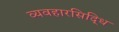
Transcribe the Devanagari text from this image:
व्यवहारसिद्धि